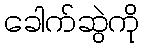
ခေါက်ဆွဲကို